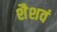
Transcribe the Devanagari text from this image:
शैशवं